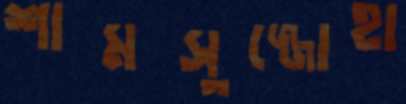
শামসুজ্জোহা